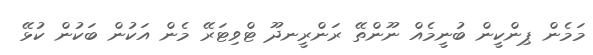
މަމެން ޕިންކީން ބުނީމެއް ނޫންތޭ ރަންރީނދޫ ޓްވިޓަރޭ މެން އަކުން ބަކުން ކުޅޭ